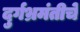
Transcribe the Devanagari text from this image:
दुर्गभ्रमंतीचे